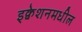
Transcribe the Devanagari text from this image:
इक्वेशनमधील